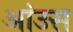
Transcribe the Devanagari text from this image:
आंउस